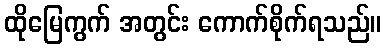
ထိုမြေကွက် အတွင်း ကောက်စိုက်ရသည်။